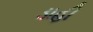
ડાહી